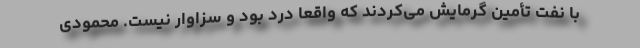
با نفت تأمین گرمایش می‌کردند که واقعاً درد بود و سزاوار نیست. محمودی